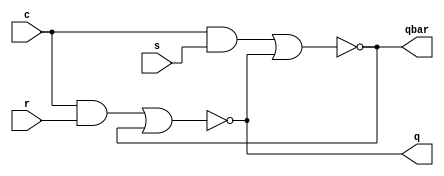
`timescale 1ns / 1ps
//////////////////////////////////////////////////////////////////////////////////
// Company: 
// Engineer: 
// 
// Design Name: 
// Module Name:    sr_latch 
// Project Name: 
// Additional Comments: 
//
//////////////////////////////////////////////////////////////////////////////////
module sr_latch(
    input r,
    input s,
    input c,
    output q,
    output qbar
    );
	 
	 assign q = ~((c & r) | qbar);
	 assign qbar = ~((c & s) | q);

endmodule